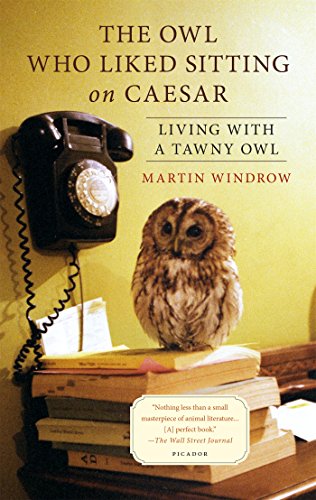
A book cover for The Owl Who Liked Sitting on Caesar: Living with a Tawny Owl; Martin Windrow; Humor & Entertainment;